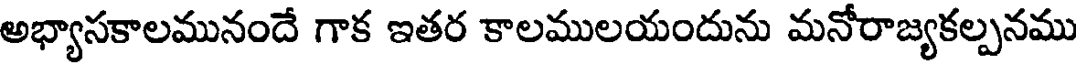
అభ్యాసకాలమునందే గాక ఇతర కాలములయందును మనోరాజ్యకల్పనము